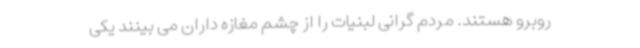
روبرو هستند. مردم گرانی لبنیات را از چشم مغازه داران می بینند یکی